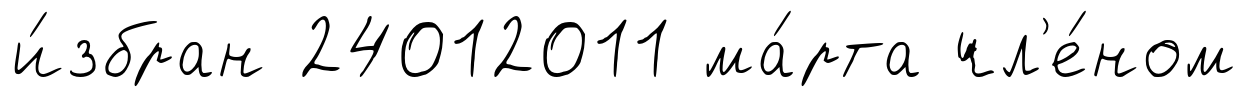
и́збран 24012011 ма́рта чл'е́ном